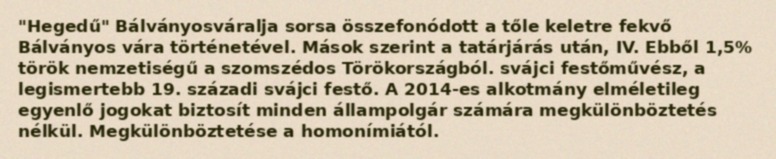
"Hegedű" Bálványosváralja sorsa összefonódott a tőle keletre fekvő Bálványos vára történetével. Mások szerint a tatárjárás után, IV. Ebből 1,5% török nemzetiségű a szomszédos Törökországból. svájci festőművész, a legismertebb 19. századi svájci festő. A 2014-es alkotmány elméletileg egyenlő jogokat biztosít minden állampolgár számára megkülönböztetés nélkül. Megkülönböztetése a homonímiától.